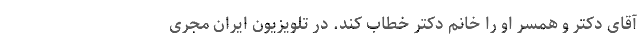
آقای دکتر و همسر او را خانم دکتر خطاب کند. در تلویزیون ایران مجری